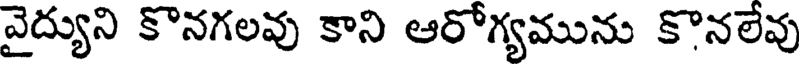
వైద్యుని కొనగలవు కాని ఆరోగ్యమును కొనలేవు